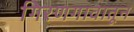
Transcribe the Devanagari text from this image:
गिरणगावातून